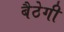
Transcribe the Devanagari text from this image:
बैठेगी